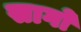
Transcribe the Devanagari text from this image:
सागो